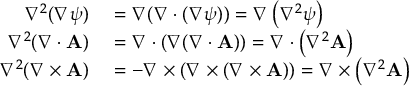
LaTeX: \begin{array} { r l } { \nabla ^ { 2 } ( \nabla \psi ) } & { { } = \nabla ( \nabla \cdot ( \nabla \psi ) ) = \nabla \left( \nabla ^ { 2 } \psi \right) } \\ { \nabla ^ { 2 } ( \nabla \cdot \mathbf { A } ) } & { { } = \nabla \cdot ( \nabla ( \nabla \cdot \mathbf { A } ) ) = \nabla \cdot \left( \nabla ^ { 2 } \mathbf { A } \right) } \\ { \nabla ^ { 2 } ( \nabla \times \mathbf { A } ) } & { { } = - \nabla \times ( \nabla \times ( \nabla \times \mathbf { A } ) ) = \nabla \times \left( \nabla ^ { 2 } \mathbf { A } \right) } \end{array}